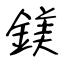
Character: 鎂